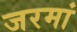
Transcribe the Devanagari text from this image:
जरमां